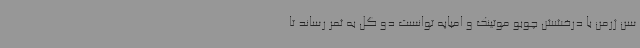
سن ژرمن با درخشش چوبو موتینک و امباپه توانست دو گل به ثمر رساند تا